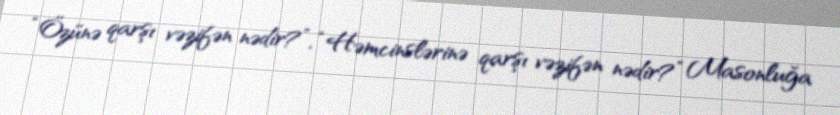
“Özünə qarşı vəzifən nədir?”, “Həmcinslərinə qarşı vəzifən nədir?” Masonluğa